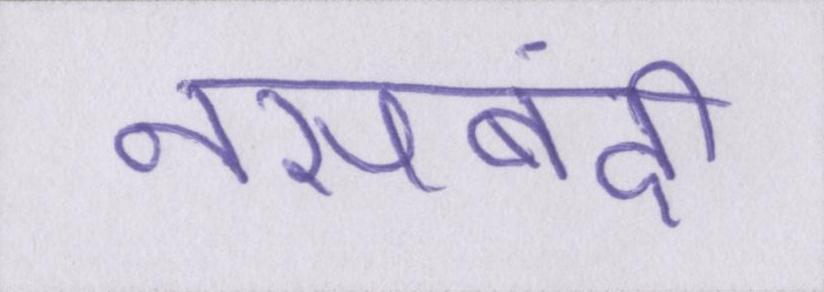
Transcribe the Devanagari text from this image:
नसबंदी